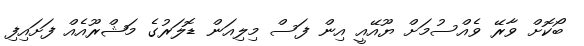
ބޯކޮށް ވާރޭ ވެއްސުމަށް ޔޫއޭއީ އިން ފަސް މިލިއަން ޑޮލަރުގެ މަޝްރޫއެއް ފަށައިފި